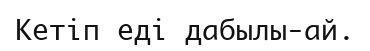
Кетіп еді дабылы-ай.